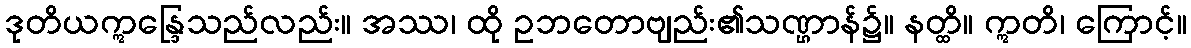
ဒုတိယဣန္ဒြေသည်လည်း။ အဿ၊ ထို ဥဘတောဗျည်း၏သဏ္ဌာန်၌။ နတ္ထိ။ ဣတိ၊ ကြောင့်။